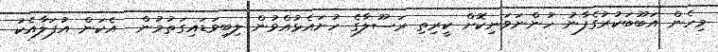
މިހެން އަބޫބަކުރުގެފާނު ހުންނަވަނިކޮށް ކީރިތި ރަސޫލާގެ ހުށައެޅުއްވުން ލިބިވަޑައިގަތުމުން  އެކަން އުފަލާއެކު